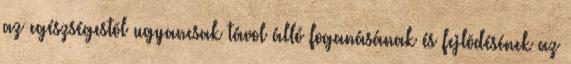
az egészségestõl ugyancsak távol álló foganásának és fejlõdésének az